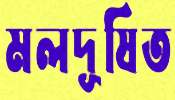
মলদূষিত